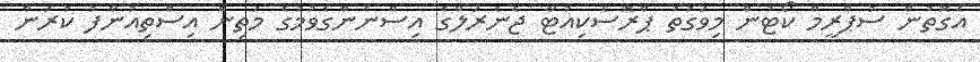
އެގޮތުން ސުޕްރީމް ކޯޓުން މިވަގުތު ޕްރޮސެކިއުޓާ ޖެނެރަލްގެ އިސްނެންގެވުމުގެ މަތިން އިސްތިއުނާފު ކުރަން